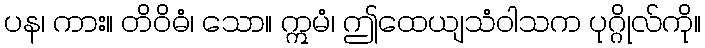
ပန၊ ကား။ တိဝိဓံ၊ သော။ ဣမံ၊ ဤထေယျသံဝါသက ပုဂ္ဂိုလ်ကို။